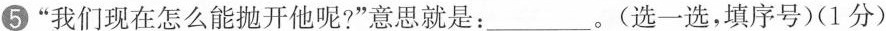
⑤”我们现在怎么能抛开他呢?”意思就是：___。(选一选，填序号)(1分)